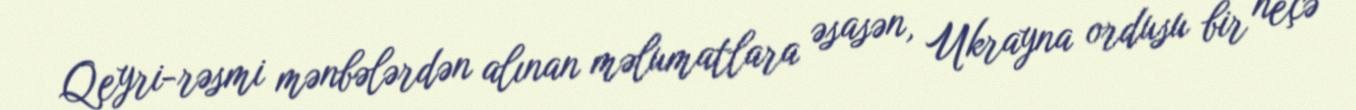
Qeyri-rəsmi mənbələrdən alınan məlumatlara əsasən, Ukrayna ordusu bir neçə